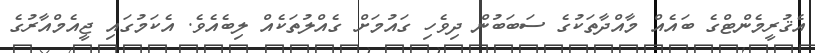
އެޤުރީމެންޓްގެ ބައެއް މާއްދާތަކުގެ ސަބަބުން ދިވެހި ގައުމަށް ގެއްލުތަކެއް ލިބެއެވެ. އެކަމުގައި ޖީއެމްއާރުގެ